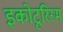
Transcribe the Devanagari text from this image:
इकोटूरिस्म